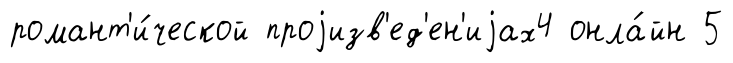
романт'и́ческой проjизв'ед'ен'иjах4 онла́йн 5